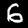
Label: 6